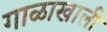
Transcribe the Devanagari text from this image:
गाळाखाली